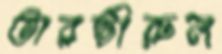
তারভীরুল